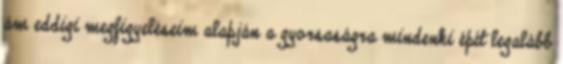
ám eddigi megfigyeléseim alapján a gyorsaságra mindenki épít legalább